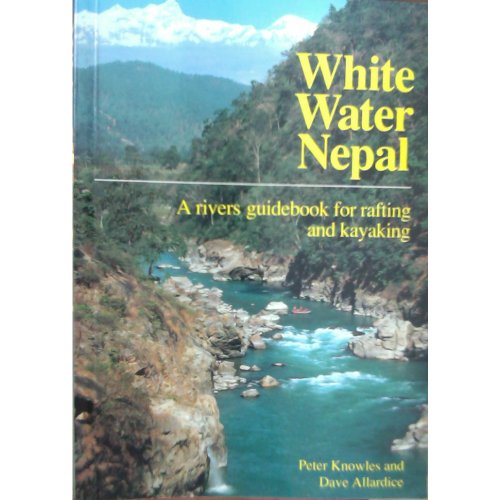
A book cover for White Water Nepal: A Rivers Guidebook for Rafting & Kayaking; Peter Knowles; Sports & Outdoors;